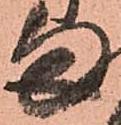
ま